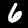
Digit: 6